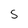
Character: S